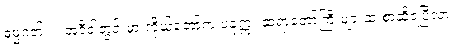
ဓမ္မဂုတ်။ ။ အဲဒီဝါတွင်းမှာ ကိုယ်တော်က ပခုက္ကူ ဆရာတော်ကြီးများထံ စာဆိုရပြီလား။